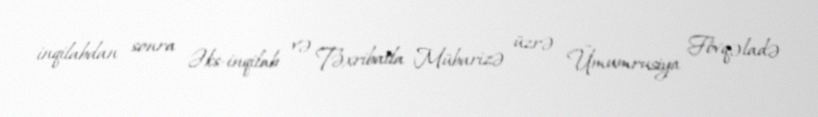
inqilabdan sonra Əks-inqilab və Təxribatla Mübarizə üzrə Ümumrusiya Fövqəladə